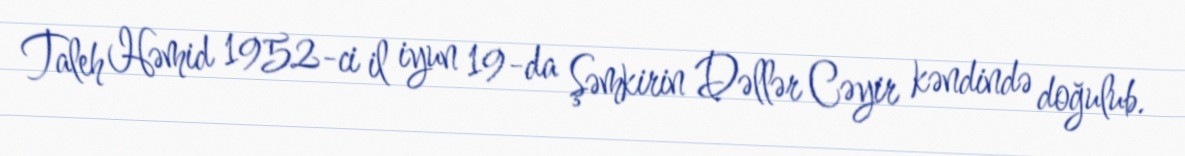
Taleh Həmid 1952-ci il iyun 19-da Şəmkirin Dəllər Cəyir kəndində doğulub.